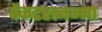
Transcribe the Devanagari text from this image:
वेंकटरत्नम्मा